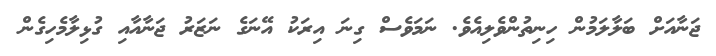
ޖަނާއަށް ބަލާލަމުން ހިނިތުންވެލިއެވެ. ނަމަވެސް ގިނަ އިރަކު އޭނަގެ ނަޒަރު ޖަނާއާއި ގުޅިލާމެހިގެން